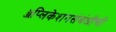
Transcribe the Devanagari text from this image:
ॲप्लिकेशनसंबंधीची